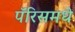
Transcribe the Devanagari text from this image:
पॅरिसमधे